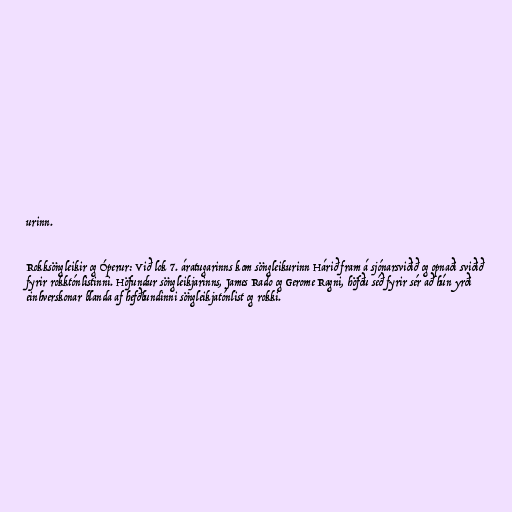
urinn.

Rokksöngleikir og Óperur: Við lok 7. áratugarinns kom söngleikurinn Hárið fram á sjónarsviðið og opnaði sviðið
fyrir rokktónlistinni. Höfundur söngleikjarinns, James Rado og Gerome Ragni, höfðu séð fyrir sér að hún yrði
einhverskonar blanda af hefðbundinni söngleikjatónlist og rokki.